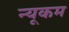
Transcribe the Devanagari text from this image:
न्यूकम